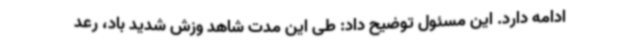
ادامه دارد. این مسئول توضیح داد: طی این مدت شاهد وزش شدید باد، رعد